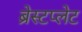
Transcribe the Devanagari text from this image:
ब्रेस्टप्लेट